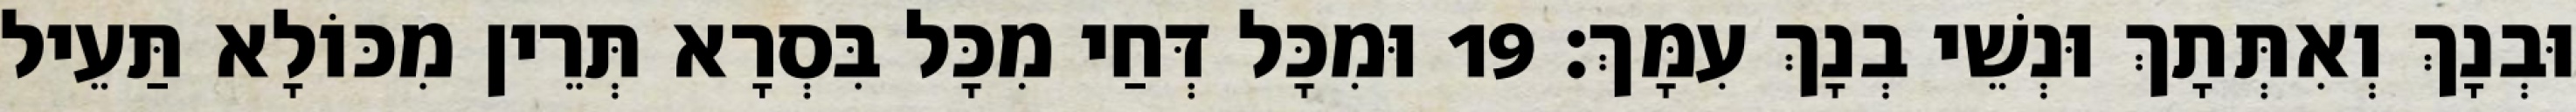
וּבְנָךְ וְאִתְּתָךְ וּנְשֵׁי בְנָךְ עִמָּךְ׃ 19 וּמִכָּל דְּחַי מִכָּל בִּסְרָא תְּרֵין מִכּוֹלָא תַּעֵיל